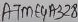
Text: ATME4A328